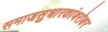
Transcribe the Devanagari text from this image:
समाजसुधारकांबरोबर